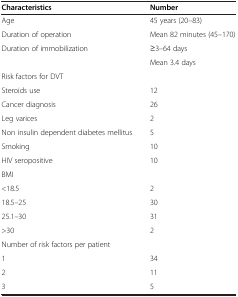
<table><thead><tr><td><b>Characteristics</b></td><td><b>Number</b></td></tr></thead><tbody><tr><td>Age</td><td>45 years (20–83)</td></tr><tr><td>Duration of operation</td><td>Mean 82 minutes (45–170)</td></tr><tr><td rowspan="2">Duration of immobilization</td><td>≥3–64 days</td></tr><tr><td>Mean 3.4 days</td></tr><tr><td colspan="2">Risk factors for DVT</td></tr><tr><td>Steroids use</td><td>12</td></tr><tr><td>Cancer diagnosis</td><td>26</td></tr><tr><td>Leg varices</td><td>2</td></tr><tr><td>Non insulin dependent diabetes mellitus</td><td>5</td></tr><tr><td>Smoking</td><td>10</td></tr><tr><td>HIV seropositive</td><td>10</td></tr><tr><td colspan="2">BMI</td></tr><tr><td>&lt;18.5</td><td>2</td></tr><tr><td>18.5–25</td><td>30</td></tr><tr><td>25.1–30</td><td>31</td></tr><tr><td>&gt;30</td><td>2</td></tr><tr><td colspan="2">Number of risk factors per patient</td></tr><tr><td>1</td><td>34</td></tr><tr><td>2</td><td>11</td></tr><tr><td>3</td><td>5</td></tr></tbody></table>